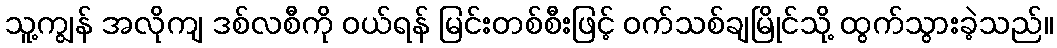
သူ့ကျွန် အလိုကျ ဒစ်လစီကို ဝယ်ရန် မြင်းတစ်စီးဖြင့် ဝက်သစ်ချမြိုင်သို့ ထွက်သွားခဲ့သည်။